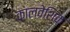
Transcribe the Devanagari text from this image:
कालवेशिक